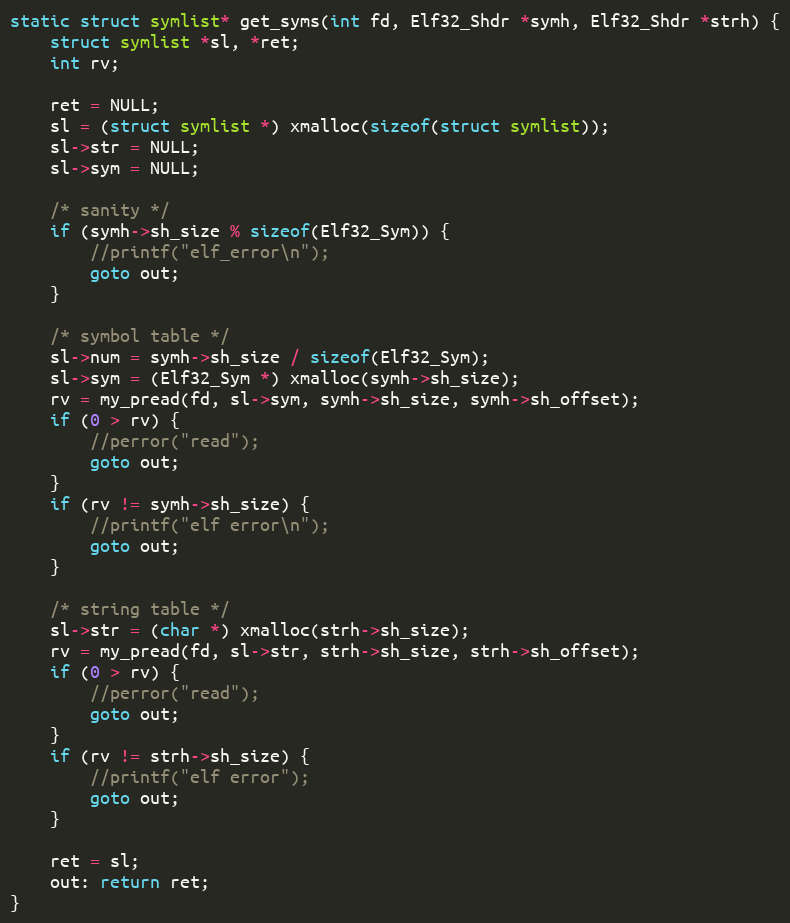
Language: C++
static struct symlist* get_syms(int fd, Elf32_Shdr *symh, Elf32_Shdr *strh) {
    struct symlist *sl, *ret;
    int rv;

    ret = NULL;
    sl = (struct symlist *) xmalloc(sizeof(struct symlist));
    sl->str = NULL;
    sl->sym = NULL;

    /* sanity */
    if (symh->sh_size % sizeof(Elf32_Sym)) {
        //printf("elf_error\n");
        goto out;
    }

    /* symbol table */
    sl->num = symh->sh_size / sizeof(Elf32_Sym);
    sl->sym = (Elf32_Sym *) xmalloc(symh->sh_size);
    rv = my_pread(fd, sl->sym, symh->sh_size, symh->sh_offset);
    if (0 > rv) {
        //perror("read");
        goto out;
    }
    if (rv != symh->sh_size) {
        //printf("elf error\n");
        goto out;
    }

    /* string table */
    sl->str = (char *) xmalloc(strh->sh_size);
    rv = my_pread(fd, sl->str, strh->sh_size, strh->sh_offset);
    if (0 > rv) {
        //perror("read");
        goto out;
    }
    if (rv != strh->sh_size) {
        //printf("elf error");
        goto out;
    }

    ret = sl;
    out: return ret;
}